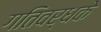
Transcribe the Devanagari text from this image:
गतिवर्धके